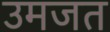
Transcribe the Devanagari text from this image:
उमजत